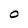
Character: O